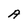
Character: A